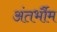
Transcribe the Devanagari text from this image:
अंतर्भौम